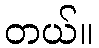
တယ်။